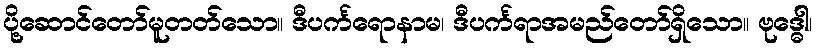
ပို့ဆောင်တော်မူတတ်သော။ ဒီပင်္ကရောနာမ၊ ဒီပင်္ကရာအမည်တော်ရှိသော။ ဗုဒ္ဓေါ၊